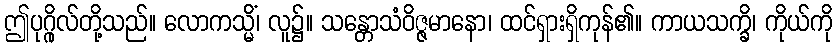
ဤပုဂ္ဂိုလ်တို့သည်။ လောကသ္မိံ၊ လူ၌။ သန္တောသံဝိဇ္ဇမာနော၊ ထင်ရှားရှိကုန်၏။ ကာယသက္ခိ၊ ကိုယ်ကို